Indian journal of veterinary science and animal husbandry - Volume 2,
Year: 1932
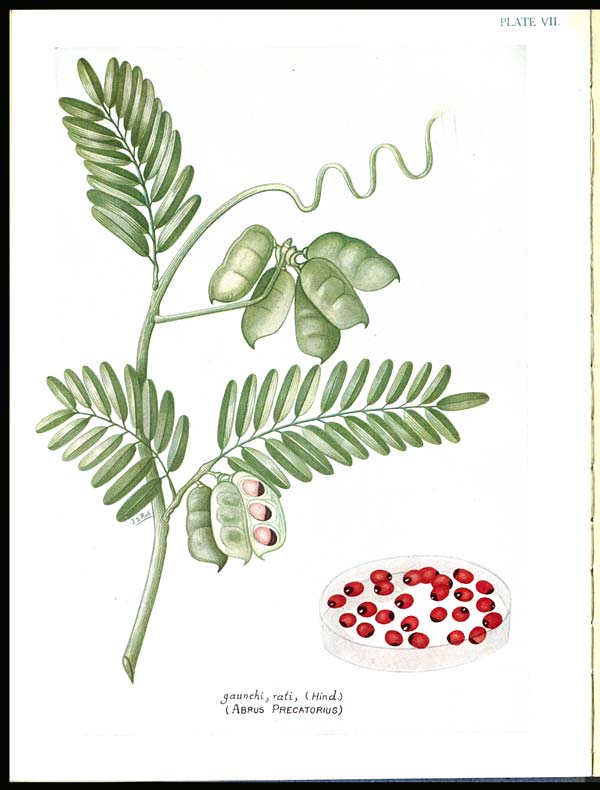
PLATE VII.